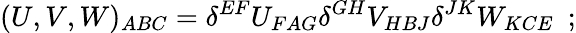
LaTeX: (U,V,W)_{ABC}=\delta^{EF}U_{FAG}\delta^{GH}V_{HBJ}\delta^{JK}W_{KCE}\ \ ;